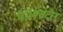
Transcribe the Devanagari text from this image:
पैरोक्सेटीन